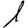
Digit: 1